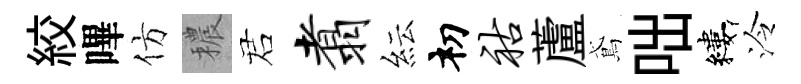
絞嗶仿穠诺翥紜𥘉祜蘆鳶咄縷泠